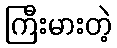
ကြီးမားတဲ့